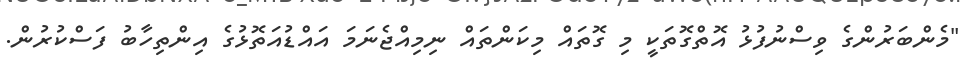
"މެންބަރުންގެ ވިސްނުފުޅު އޮތްގޮތަކީ މި ގޮތައް މިކަންތައް ނިމިއްޖެނަމަ އައްޑުއަތޮޅުގެ އިންތިހާބު ފަސްކުރުން.